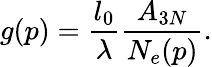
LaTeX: g(p)=\frac{l_{0}}{\lambda}\frac{A_{3N}}{N_{e}(p)}.